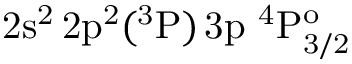
\mathrm { 2 s ^ { 2 } \, 2 p ^ { 2 } ( ^ { 3 } P ) \, 3 p ~ ^ { 4 } P _ { 3 / 2 } ^ { o } }